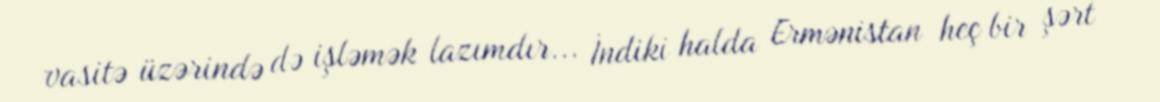
vasitə üzərində də işləmək lazımdır... İndiki halda Ermənistan heç bir şərt